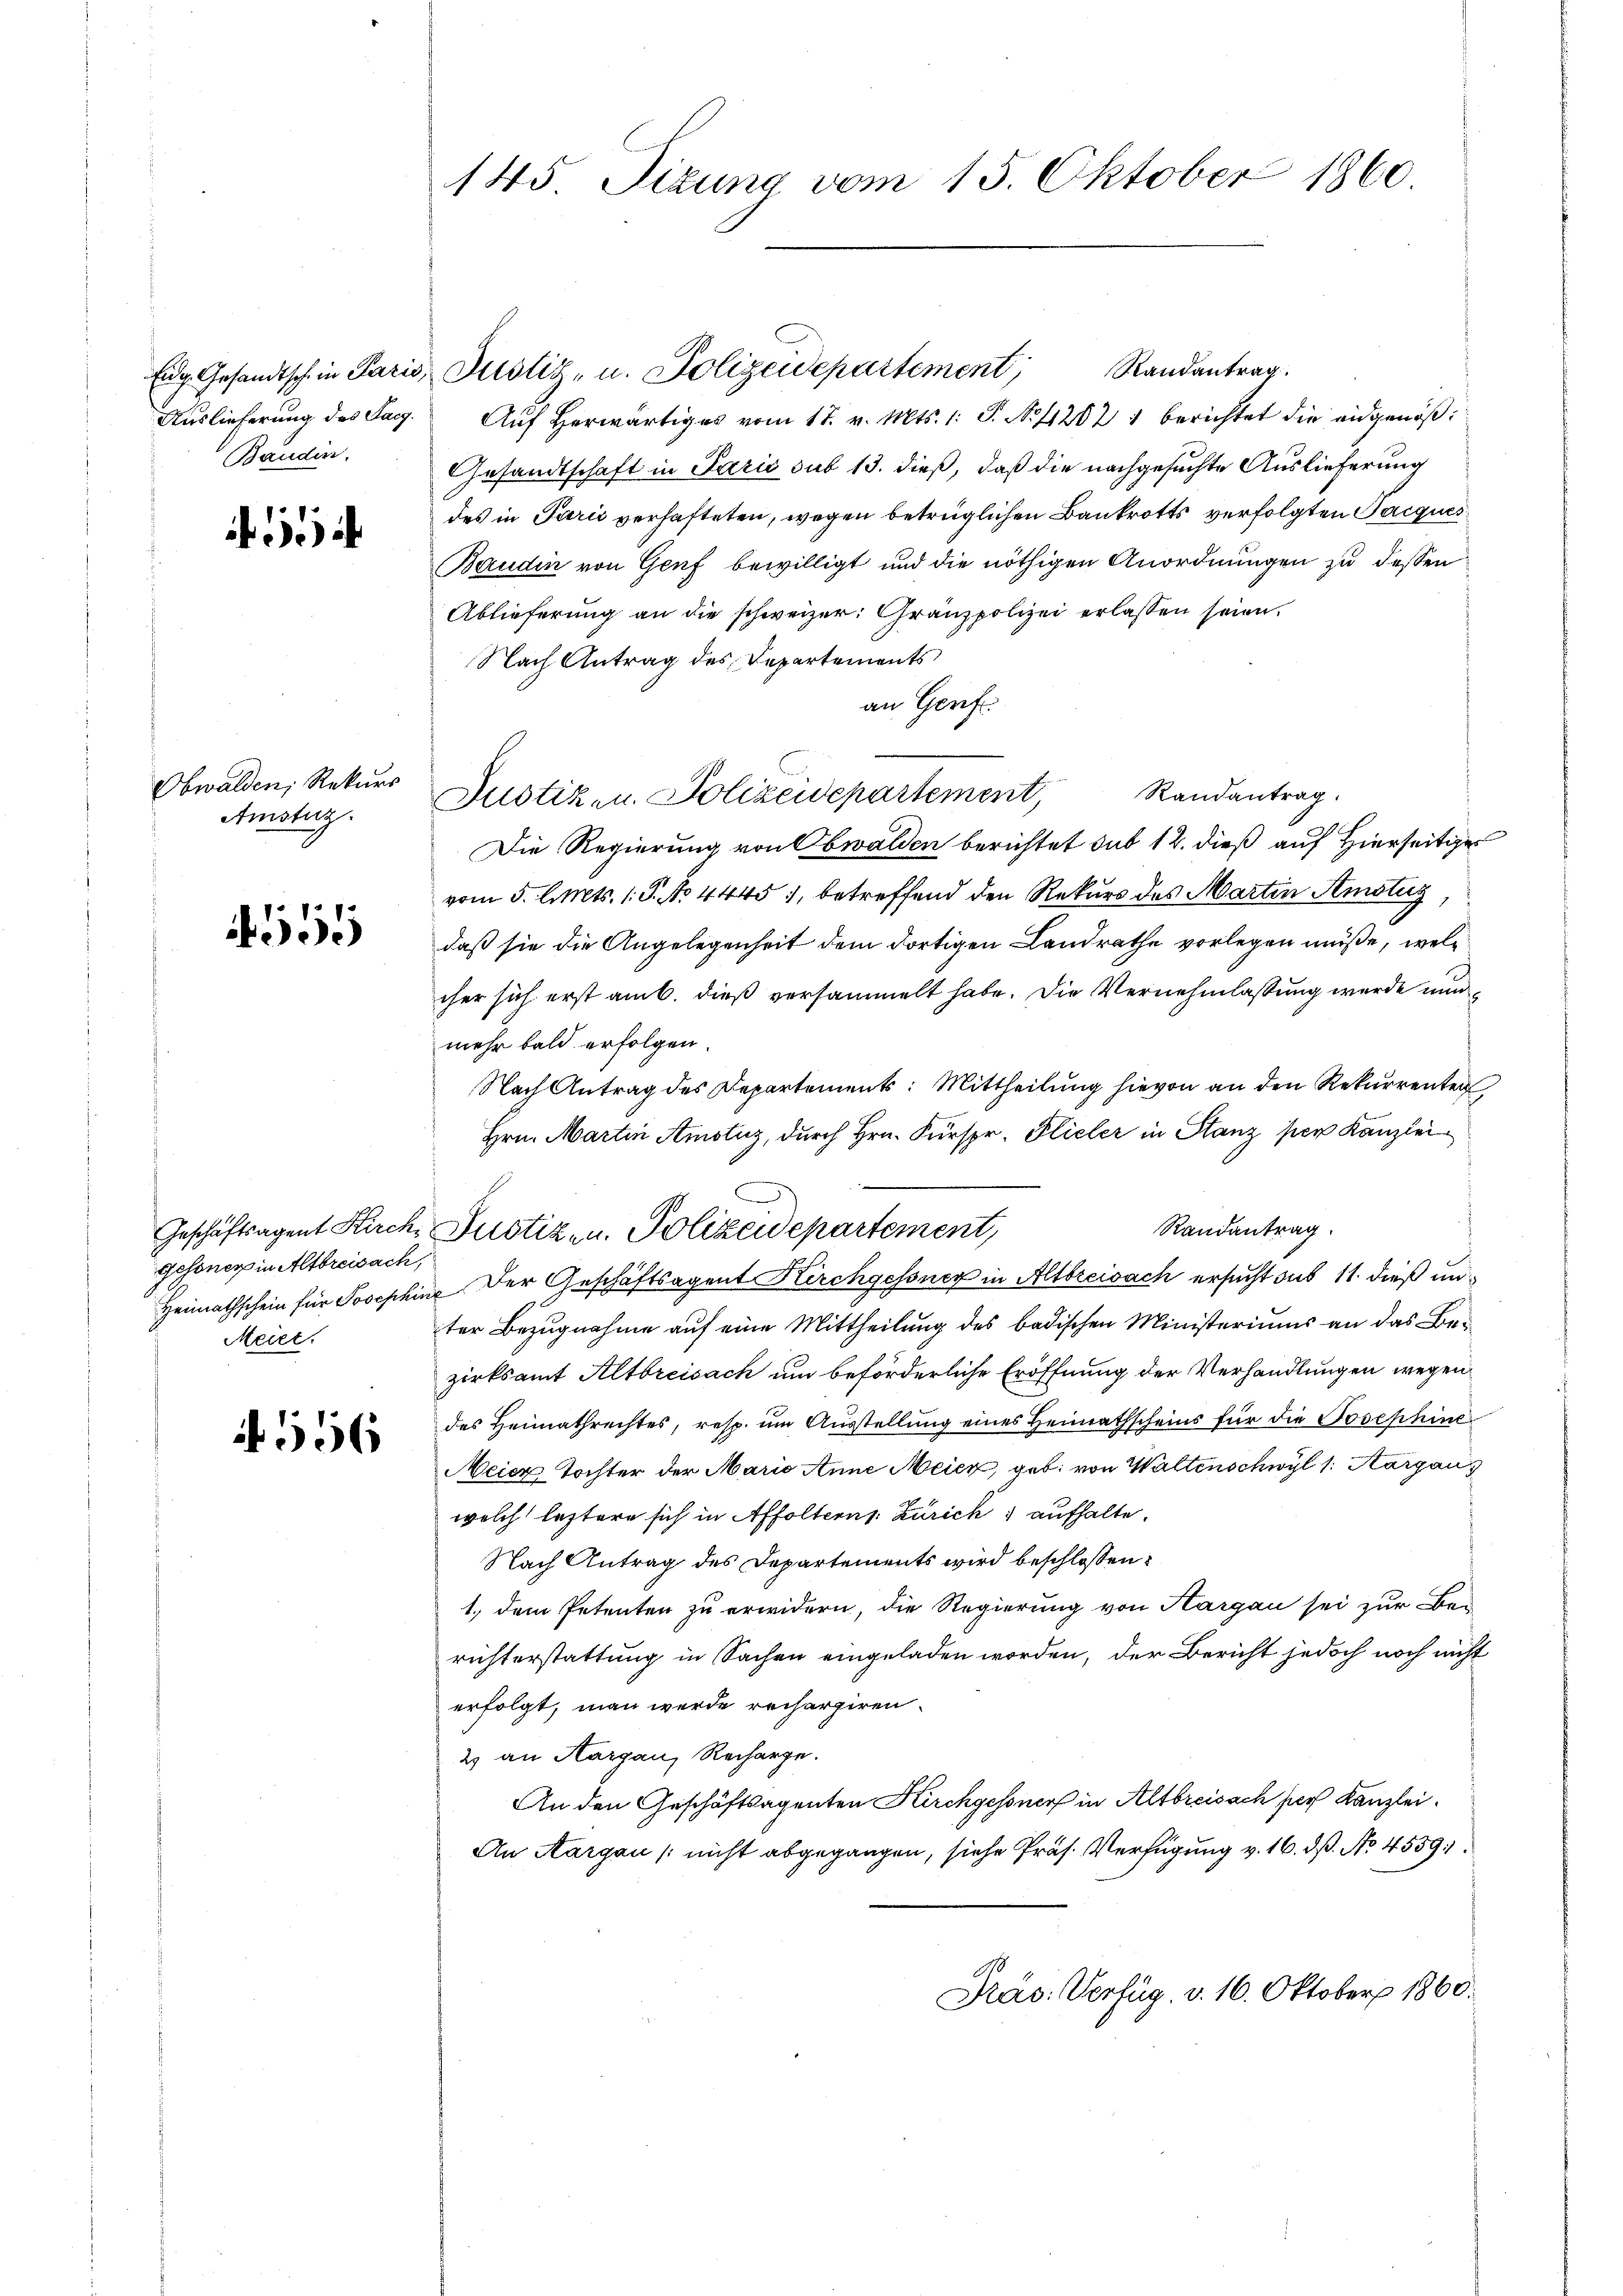
Baudin.

1

Obwalden, Rekurs
Amistiz.

559

gesoner in Altbreisach,
Meier.

556

145. Sizung vom 15. Oktober 1860.

Randantrag.
Eng Gesandtsch in Paris, Justiz- u. Polizeidepartement
Auslieferung des Sag. Auf herwärtiges vom 17. v. Mts. 1: P. Nr. 112021 berichtet die eidgenöß
Gesandtschaft in Parić sub 13. dieß, daß die nachgesuchte Auslieferung
des in Parić verhafteten, wegen betrüglichen Bankrotts verfolgten Jacques
Baudin von Genf bewilligt und die nöthigen Anordnungen zu dessen
Ablieferung an die schweizer. Gränzpolizei erlassen seien.
Nach Antrag des Departements
an Genf.
Randantrag.
Justiz- u. Polizeidepartement,
Die Regierung von Obwalden berichtet sub 12. dieß auf Hierseitiger
vom 5. l. Mts. 1. P. No 44451, betreffend den Rekurs des Marten Amstiz
daß sie die Angelegenheit dem dortigen Landrathe vorlegen müße, welc
cher sich erst am 6. dieß versammelt habe. Die Vernehmlassung wurde nunmehr bald erfolgen.
Nach Antrag des Departements: Mittheilung hievon an den Rekurrenten
Hrn. Martin Amotuz, durch Hrn. Fürspr. Flieler in Stanz per Kanzlei
Randantrag.
Heimathschein für Josephine Der Geschäftsagent Kirchgessner in Altbreisach ersucht sub 11. dieß unter Bezugnahme auf eine Mittheilung des badischen Ministeriums an das Bezirksamt Altbreisach um beförderliche Eröffnung der Verhandlungen wegen
des Heimathrechtes, resp. um Ausstellung eines Heimathscheins für die Josephine
Meier Tochter der Maria Anne Meier, geb. von Waltenschwyl 1. Aargau
welch leztere sich in Affolterns Zürich aufhalte.
Nach Antrag des Departements wird beschlossen:
1.) dem Petenten zu erwidern, die Regierung von Hargau sei zur Be-
richterstattung in Sachen eingeladen worden, der Bericht jedoch noch nicht
erfolgt, man werde rechargiren.
2 an Aargau, Recharge.
An den Geschäftsagenten Kirchgessner in Altbreisach hier Kanzlei.
An Aargau (nicht abgegangen, siehe Präs. Verfügung v. 16. dß. No. 4559
Präs. Verfüg v. 16. Oktober 1860.

Geschäftsagent Kirche Justiz- u. Polizeidepartement,